Leaving Certificate Examination, 1916
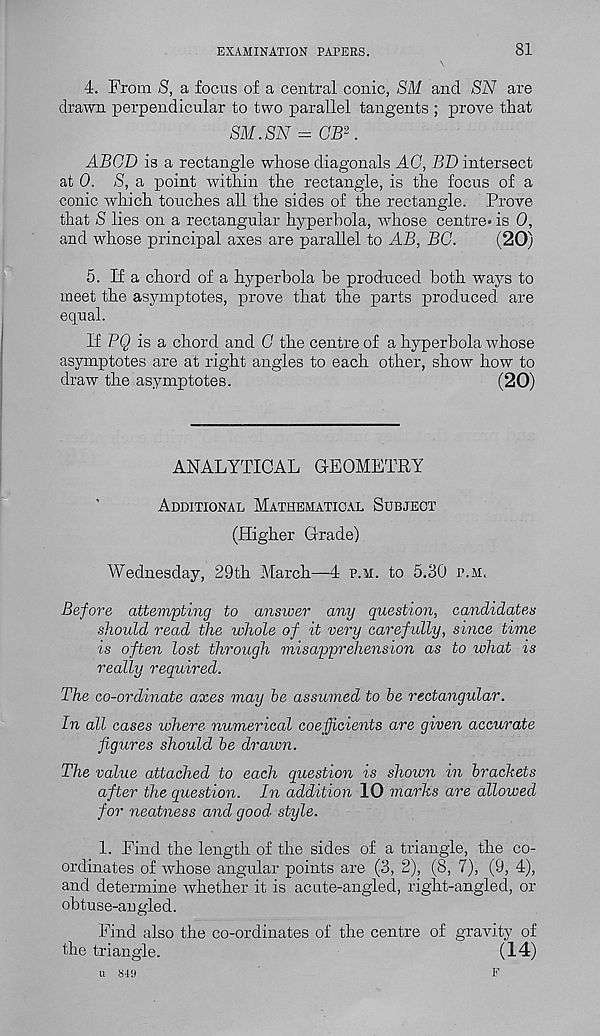
EXAMINATION PAPERS.
81
4. From S, a focus of a central conic, SM and SN are
drawn perpendicular to two parallel tangents ; prove that
SM.SN = GB 2 .
ABGD is a rectangle whose diagonals AO, BD intersect
at 0. S, a point within the rectangle, is the focus of a
conic which touches all the sides of the rectangle. Prove
that S lies on a rectangular hyperbola, whose centre* is 0,
and whose principal axes are parallel to AB, BG.
(20)
5. If a chord of a hyperbola be produced both ways to
meet the asymptotes, prove that the parts produced are
equal.
If PQ is a chord and G the centre of a hyperbola whose
asymptotes are at right angles to each other, show how to
draw the asymptotes.
(20)
ANALYTICAL GEOMETRY
Additional Mathematical Subject
(Higher Grade)
Wednesday, 29th March—4 p.m. to 5.30 p.m.
Before attempting to answer any question, candidates
should read the whole of it very carefully, since time
is often lost through misapprehension as to what is
really required.
The co-ordinate axes may be assumed to be rectangular.
In all cases where numerical coefficients are given accurate
figures should be draion.
The value attached to each question is shown in brackets
after the question. In addition 10 marks are allowed
for neatness and good style.
1. Find the length of the sides of a triangle, the co-
ordinates of whose angular points are (3, 2), (8, 7), (9, 4),
and determine whether it is acute-angled, right-angled, or
obtuse-angled.
Find also the co-ordinates of the centre of gravity of
the triangle.
(14)
u 849
F